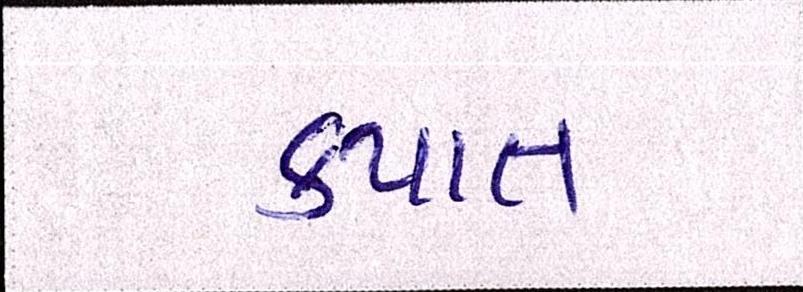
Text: કપાત